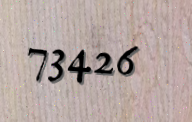
73426